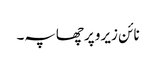
نائن زیرو پر چھاپہ۔